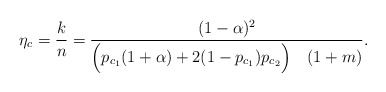
\begin{align*}\eta_{c} & =\frac{k}{n}=\frac{(1-\alpha)^{2}}{\Big(p_{c_1}(1+\alpha)+2(1-p_{c_1})p_{c_{2}}\Big)\quad(1+m)}.\end{align*}